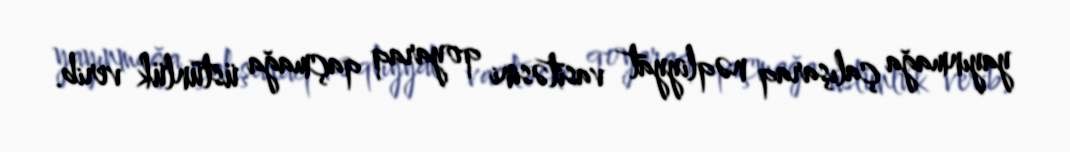
yayınmağa çalışaraq nəqliyyat vasitəsini qoyaraq qaçmağa üstünlük verib.